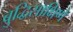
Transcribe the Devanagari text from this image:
बुद्धिसाक्षिणे